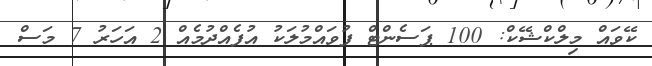
ކޭވައް މިލްކްޝޭކް: 100 ޕަސެންޓް ފުވައްމުލަކު އުފެއްދުމެއް 2 އަހަރު 7 މަސް